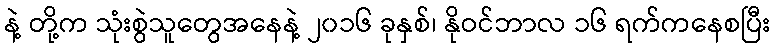
နဲ့ တို့က သုံးစွဲသူတွေအနေနဲ့ ၂၀၁၆ ခုနှစ်၊ နိုဝင်ဘာလ ၁၆ ရက်ကနေစပြီး